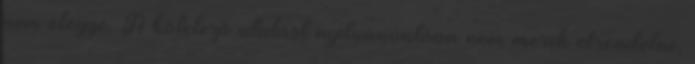
nem eléggé. A kötelező utalást nyilvánvalóan nem merik elrendelni,